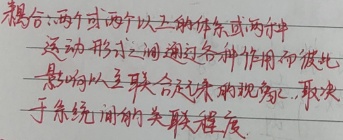
耦合：两个或两个以上的体系或两种运动形式之间通过各种作用而彼此影响以至联合起来的现象，取决于系统间的关联程度。